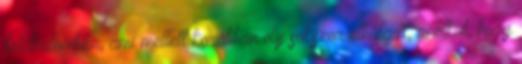
földhalomban, ami mellett korábban oly sokszor elhaladt, anélkül, hogy